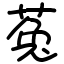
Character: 菟